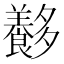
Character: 𡗍